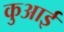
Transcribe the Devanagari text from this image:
कुआई